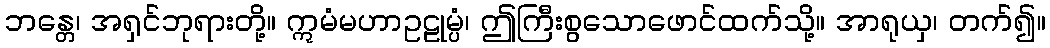
ဘန္တေ၊ အရှင်ဘုရားတို့။ ဣမံမဟာဥဠုမ္ပံ၊ ဤကြီးစွသောဖောင်ထက်သို့။ အာရုယှ၊ တက်၍။